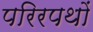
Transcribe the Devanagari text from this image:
परिरपथों